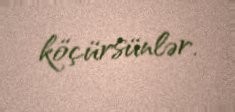
köçürsünlər.